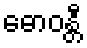
ဓောဝန္တီ